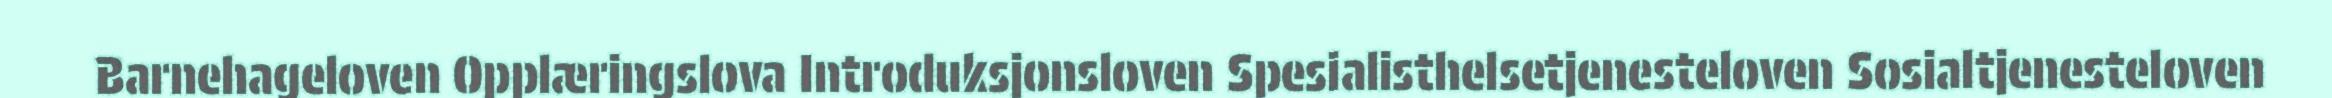
Barnehageloven Opplæringslova Introduksjonsloven Spesialisthelsetjenesteloven Sosialtjenesteloven